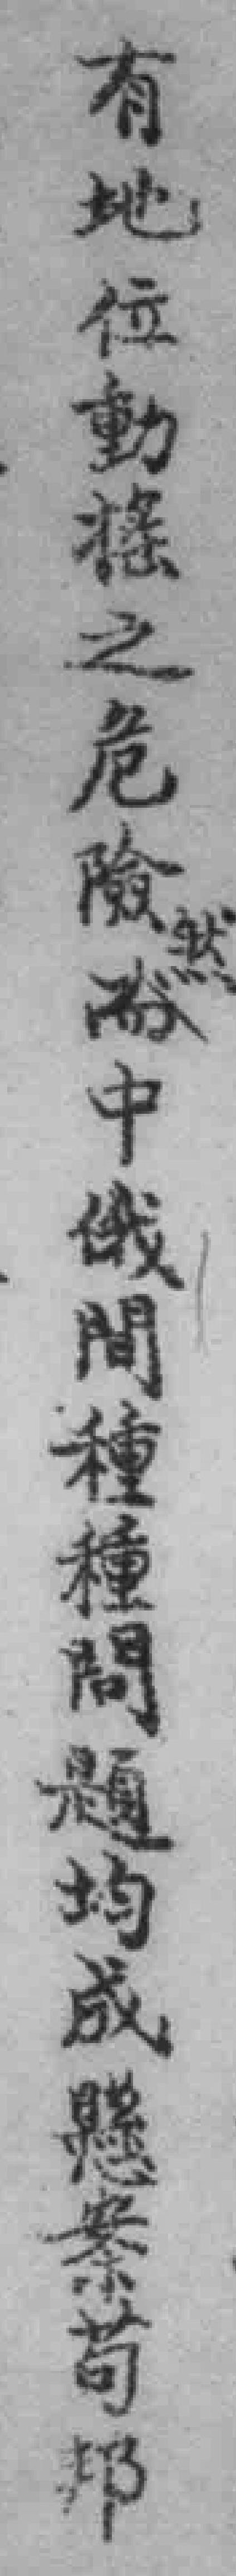
有地位動搖之危險而中俄間種種問題均成懸案苟邦